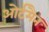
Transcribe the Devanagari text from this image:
ओर्टमैन